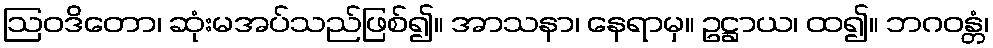
ဩဝဒိတော၊ ဆုံးမအပ်သည်ဖြစ်၍။ အာသနာ၊ နေရာမှ။ ဥဋ္ဌာယ၊ ထ၍။ ဘဂဝန္တံ၊